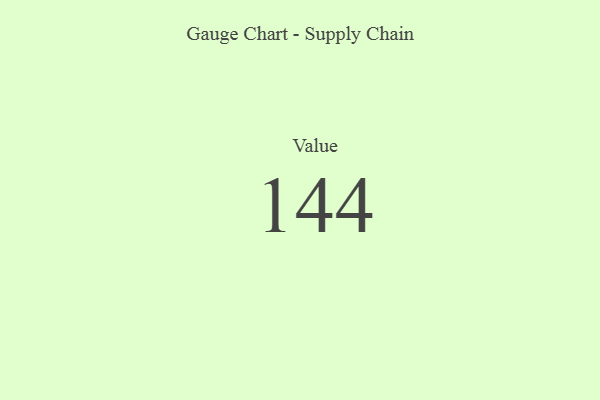
{"axis": {"x": "Metric", "y": "Value"}, "legend": [""], "data": [{"x": "Value", "y": 144, "type": ""}]}